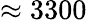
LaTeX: \approx 3300